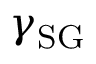
\gamma _ { \mathrm { S G } }